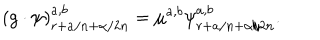
( g \cdot \psi ) _ { r + a / n + \alpha / 2 n } ^ { a , b } = \mu ^ { a , b } \psi _ { r + a / n + \alpha / 2 n } ^ { a , b } .